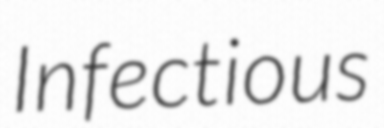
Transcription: Infectious